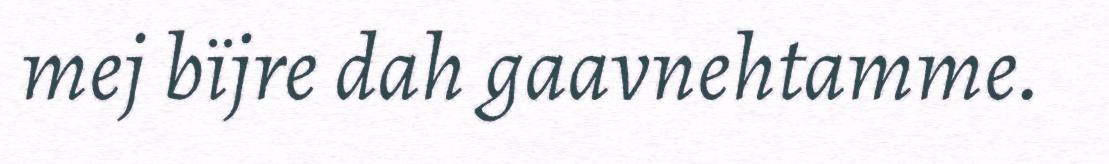
mej bïjre dah gaavnehtamme.